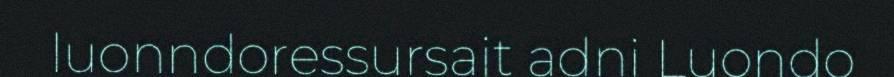
luonndoressursajt adni Luondo